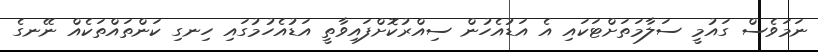
ނަމަވެސް ގައުމީ ސަލާމަތަށްޓަކައި އެ އަޑުއެހުން ސިއްރުކޮށްފައިވާތީ އަޑުއެހުމުގައި ހިނގި ކަންތައްތަކެއް ނޭނގެ